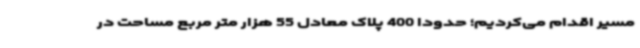
مسیر اقدام می‌کردیم؛ حدودا 400 پلاک معادل 55 هزار متر مربع مساحت در